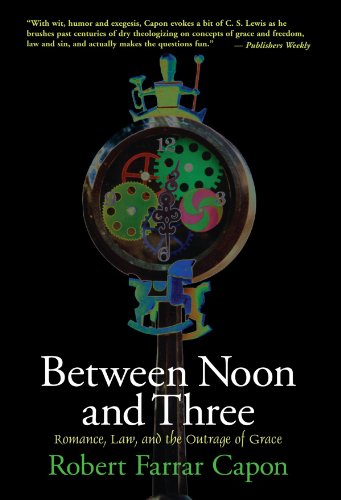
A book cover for Between Noon and Three: Romance, Law, and the Outrage of Grace; Robert Farrar Capon; Christian Books & Bibles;